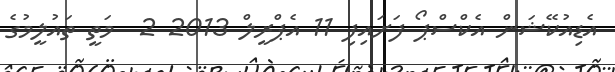
އެޑިއުކޭޝަން އެކްސްޕޯ ފަށައިފި 11 އެޕްރީލް 2013 2  މަތީ ތައުލީމުގެ